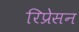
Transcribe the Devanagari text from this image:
रिप्रेसन